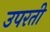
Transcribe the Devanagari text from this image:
उपरती